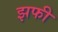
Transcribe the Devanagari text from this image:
झफी